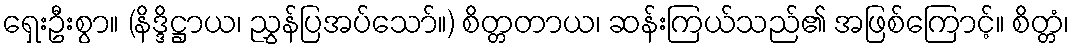
ရှေးဦးစွာ။ (နိဒ္ဒိဋ္ဌာယ၊ ညွှန်ပြအပ်သော်။) စိတ္တတာယ၊ ဆန်းကြယ်သည်၏ အဖြစ်ကြောင့်။ စိတ္တံ၊